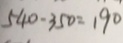
5 4 0 - 3 5 0 = 1 9 0